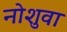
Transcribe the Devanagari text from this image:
नोशुवा